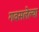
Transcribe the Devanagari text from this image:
गवसलेल्या